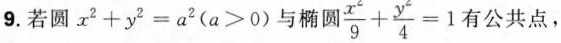
9.若圆$$x^{2}+y^{2}=a^{2}(a>0)$$与椭圆 $$\frac{x^{2}}{9}+ \frac{y^{2}}{4}=1$$ 有公共点，